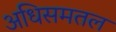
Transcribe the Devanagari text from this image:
अधिसमतल